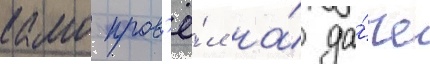
камо пров'ё́л на́ да́че